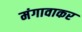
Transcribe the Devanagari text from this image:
मंगावाकर